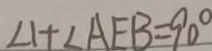
\angle 1 + \angle A E B = 9 0 ^ { \circ }